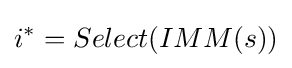
i^{*}=Select(IMM(s))